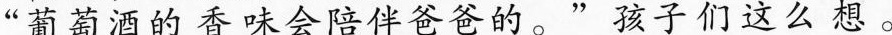
“葡萄酒的香味会陪伴爸爸的。”孩子们这么想。